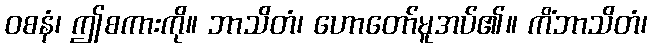
ဝစနံ၊ ဤစကားကို။ ဘာသိတံ၊ ဟောတော်မူအပ်၏။ ကိံဘာသိတံ၊